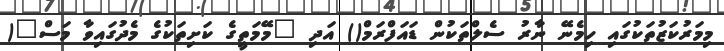
މިމަރުކަޒުތަކުގައި ހިމެނޭ ނާރު ސެލްތަކުން ޑައަފްރަމް() އަދި "މޭމަތީގެ ކަށިތަކުގެ މެދުގައިވާ މަސް"(